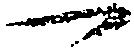
一